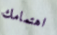
اهتمامك